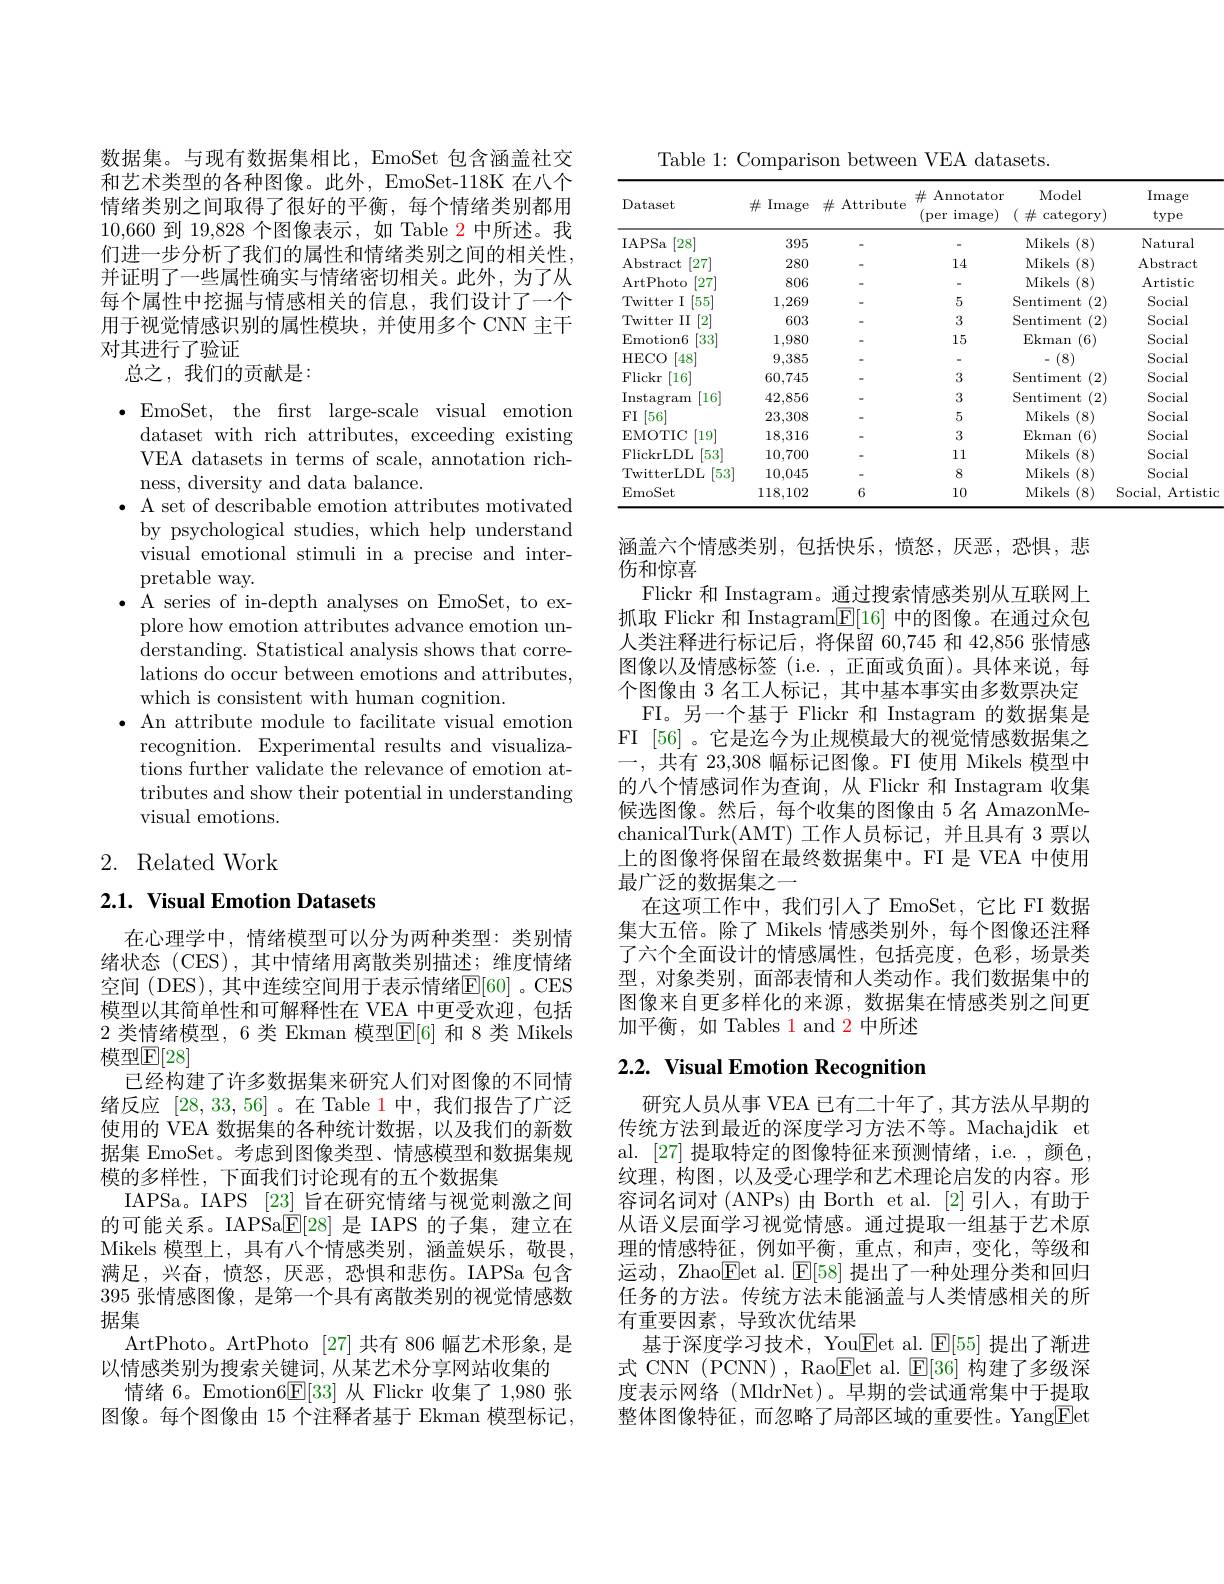
数据集。与现有数据集相比，EmoSet 包含涵盖社交和艺术类型的各种图像。此外，EmoSet-118K 在八个情绪类别之间取得了很好的平衡，每个情绪类别都用10,660到 19,828 个图像表示，如 Table 2 中所述。我们进一步分析了我们的属性和情绪类别之间的相关性， 并证明了一些属性确实与情绪密切相关。此外，为了从每个属性中挖掘与情感相关的信息，我们设计了一个用于视觉情感识别的属性模块，并使用多个 CNN 主干对其进行了验证
总之，我们的贡献是：

$\bullet$EmoSet, the first large-scale visual emotion
dataset with rich attributes, exceeding existing VEA datasets in terms of scale, annotation richness, diversity and data balance.
$\bullet$ A set of describable emotion attributes motivated
by psychological studies, which help understand visual emotional stimuli in a precise and interpretable way.
$\bullet$ A series of in-depth analyses on EmoSet, to ex-
plore how emotion attributes advance emotion understanding. Statistical analysis shows that correlations do occur between emotions and attributes, which is consistent with human cognition.
$\bullet$ An attribute module to facilitate visual emotion
recognition. Experimental results and visualizations further validate the relevance of emotion attributes and show their potential in understanding visual emotions.

# 2. Related Work

## 2.1. Visual Emotion Datasets

在心理学中，情绪模型可以分为两种类型：类别情绪状态 (CES),其中情绪用离散类别描述；维度情绪空间 (DES), 其中连续空间用于表示情绪$\mathbb{E}[60]$。CES 模型以其简单性和可解释性在 VEA 中更受欢迎，包括2 类情绪模型，6 类 Ekman 模型$\mathbb{E}[6]$ 和 8 类 Mikels 模型$\mathbb{E}[28]$
已经构建了许多数据集来研究人们对图像的不同情绪反应[28,33,56] 。在 Table 1中，我们报告了广泛使用的 VEA 数据集的各种统计数据，以及我们的新数据集 EmoSet。考虑到图像类型、情感模型和数据集规模的多样性，下面我们讨论现有的五个数据集
IAPSa。IAPS [23] 旨在研究情绪与视觉刺激之间的可能关系。IAPSa$\underline{\mathrm{E}}[28]$是 IAPS 的子集，建立在Mikels 模型上，具有八个情感类别，涵盖娱乐，敬畏， 满足，兴奋，愤怒，厌恶，恐惧和悲伤。IAPSa 包含395 张情感图像，是第一个具有离散类别的视觉情感数据集
ArtPhoto。ArtPhoto [27]共有 806 幅艺术形象，是
以情感类别为搜索关键词，从某艺术分享网站收集的
情绪 6。Emotion6$\underline{\mathrm{E}}[33]$从 Flickr 收集了 1,980 张图像。每个图像由 15 个注释者基于 Ekman 模型标记，

Table 1: Comparison between VEA datasets.

<table>
	<tbody>
		<tr>
			<th>Dataset</th>
			<th>$\#$ Image</th>
			<th>$\#$ Attribute</th>
			<th>$\#$ Annotator (per image)</th>
			<th>Model $( \textit{并 })$ category)</th>
			<th>Image type</th>
		</tr>
		<tr>
			<td>IAPSa $[28^{\prime}]$</td>
			<td>395</td>
			<td> </td>
			<td> </td>
			<td>Mikels (8)</td>
			<td>Natural</td>
		</tr>
		<tr>
			<td>Abstract [27]</td>
			<td>280</td>
			<td> </td>
			<td>14</td>
			<td>(8) Mikels</td>
			<td>Abstract</td>
		</tr>
		<tr>
			<td>ArtPhoto $[27^{\prime}$</td>
			<td>806</td>
			<td> </td>
			<td> </td>
			<td>Mikels (8)</td>
			<td>Artistic</td>
		</tr>
		<tr>
			<td>Twitter $I$ 55</td>
			<td>1,269</td>
			<td> </td>
			<td>5</td>
			<td>Sentiment (2)</td>
			<td>Social</td>
		</tr>
		<tr>
			<td>Twitter II $'2'$</td>
			<td>603</td>
			<td> </td>
			<td>3</td>
			<td>Sentiment (2)</td>
			<td>Social</td>
		</tr>
		<tr>
			<td>Emotion6 $33^{\prime}$</td>
			<td>1,980</td>
			<td> </td>
			<td>15</td>
			<td>Ekman (6)</td>
			<td>Social</td>
		</tr>
		<tr>
			<td>HECO '48</td>
			<td>9,385</td>
			<td> </td>
			<td> </td>
			<td>(8)</td>
			<td>Social</td>
		</tr>
		<tr>
			<td>Flickr 16</td>
			<td>60,745</td>
			<td> </td>
			<td>3</td>
			<td>Sentiment (2)</td>
			<td>Social</td>
		</tr>
		<tr>
			<td>Instagram '16</td>
			<td>42,856</td>
			<td> </td>
			<td>3</td>
			<td>Sentiment (2)</td>
			<td>Social</td>
		</tr>
		<tr>
			<td>FI $56^{\prime}$</td>
			<td>23,308</td>
			<td> </td>
			<td>5</td>
			<td>Mikels (8)</td>
			<td>Social</td>
		</tr>
		<tr>
			<td>EMOTIC $19^{\prime}$</td>
			<td>18,316</td>
			<td> </td>
			<td>3</td>
			<td>Ekman (6)</td>
			<td>Social</td>
		</tr>
		<tr>
			<td>FlickrLDL $53^{\prime}$</td>
			<td>10,700</td>
			<td> </td>
			<td>11</td>
			<td>Mikels (8)</td>
			<td>Social</td>
		</tr>
		<tr>
			<td>TwitterLDL 53</td>
			<td>10,045</td>
			<td> </td>
			<td>8</td>
			<td>Mikels (8)</td>
			<td>Social</td>
		</tr>
		<tr>
			<td>EmoSet</td>
			<td>118,102</td>
			<td>6</td>
			<td>10</td>
			<td>Mikels (8)</td>
			<td>Social, Artistic</td>
		</tr>
	</tbody>
</table>

涵盖六个情感类别，包括快乐，愤怒，厌恶，恐惧，悲
$\overline{\text{伤和惊喜}}$
Flickr 和 Instagram。通过搜索情感类别从互联网上抓取 Flickr 和 Instagram$\underline{\mathrm{E}}[16]$中的图像。在通过众包人类注释进行标记后，将保留 60,745 和 42,856 张情感图像以及情感标签(i.e.,正面或负面)。具体来说，每个图像由 3 名工人标记，其中基本事实由多数票决定
FI。另一个基于 Flickr 和 Instagram 的数据集是FI [56]。它是迄今为止规模最大的视觉情感数据集之一，共有 23,308 幅标记图像。FI 使用 Mikels 模型中的八个情感词作为查询，从 Flickr 和 Instagram 收集候选图像。然后，每个收集的图像由 5 名 AmazonMechanicalTurk(AMT) 工作人员标记，并且具有 3 票以上的图像将保留在最终数据集中。FI 是 VEA 中使用最广泛的数据集之一
在这项工作中，我们引人了 EmoSet, 它比 FI 数据集大五倍。除了 Mikels 情感类别外，每个图像还注释了六个全面设计的情感属性，包括亮度，色彩，场景类型，对象类别，面部表情和人类动作。我们数据集中的图像来自更多样化的来源，数据集在情感类别之间更加平衡，如 Tables 1 and 2 中所述

# 2.2. Visual Emotion Recognition

研究人员从事 VEA 已有二十年了，其方法从早期的传统方法到最近的深度学习方法不等。Machajdik et al. [27] 提取特定的图像特征来预测情绪，i.e. , 颜色， 纹理，构图，以及受心理学和艺术理论启发的内容。形容词名词对(ANPs)由Borth et al.[2]引人，有助于从语义层面学习视觉情感。通过提取一组基于艺术原理的情感特征，例如平衡，重点，和声，变化，等级和运动，Zhao$\overline{\mathrm{E}}$et al. $\underline{\mathrm{E}}[58]$提出了一种处理分类和回归任务的方法。传统方法未能涵盖与人类情感相关的所有重要因素，导致次优结果
基于深度学习技术，You$\underline{\mathrm{Eet~al.~}}\underline{\mathrm{E[55]~提出了渐进}}$ 式 CNN (PCNN), Rao$\underline{\mathrm{Eet~al.~}}\underline{\mathrm{E[36]~构建了多级深}}$ 度表示网络(MldrNet)。早期的尝试通常集中于提取整体图像特征，而忽略了局部区域的重要性。Yang$\boxed{\mathrm{F}}$et